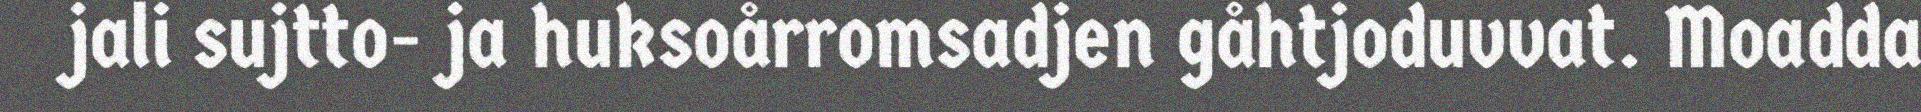
jali sujtto- ja huksoårromsadjen gåhtjoduvvat. Moadda